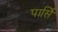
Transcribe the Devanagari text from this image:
पार्सि